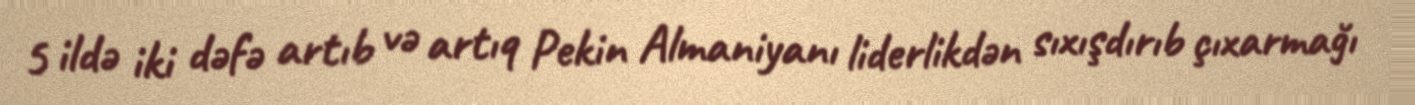
5 ildə iki dəfə artıb və artıq Pekin Almaniyanı liderlikdən sıxışdırıb çıxarmağı